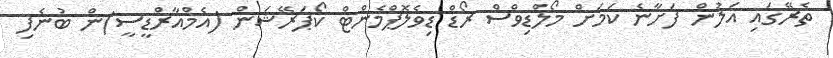
ތެރޭގައި އަލުން ފަށާނެ ކަމަށް މޯލްޑިވްސް ރޯޑް ޑިވެލޮޕްމެންޓް ކޯޕަރޭޝަން (އެމްއާރްޑީސީ)ން ބުނެފި